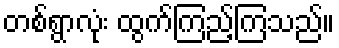
တစ်ရွာလုံး ထွက်ကြည့်ကြသည်။